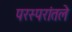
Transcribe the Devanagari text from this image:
परस्परांतले